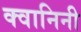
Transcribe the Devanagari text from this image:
क्वानिनी